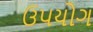
ઉપયોગ